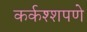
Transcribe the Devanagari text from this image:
कर्कश्शपणे